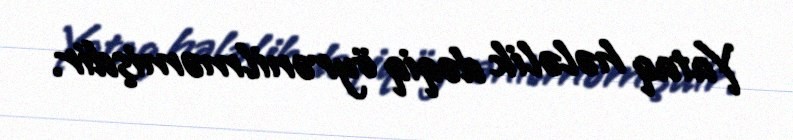
Yataq hələlik dəqiq öyrənilməmişdir.